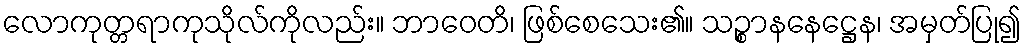
လောကုတ္တရာကုသိုလ်ကိုလည်း။ ဘာဝေတိ၊ ဖြစ်စေသေး၏။ သဉ္စာနနေဋ္ဌေန၊ အမှတ်ပြု၍